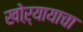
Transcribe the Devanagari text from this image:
खोऱ्यायाचा